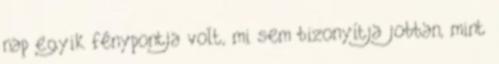
nap egyik fénypontja volt, mi sem bizonyítja jobban, mint